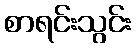
စာရင်းသွင်း